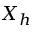
X _ { h }